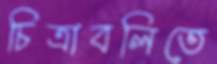
চিত্রাবলিতে